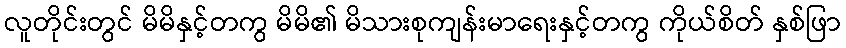
လူတိုင်းတွင် မိမိနှင့်တကွ မိမိ၏ မိသားစုကျန်းမာရေးနှင့်တကွ ကိုယ်စိတ် နှစ်ဖြာ